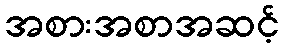
အစားအစာအဆင့်